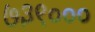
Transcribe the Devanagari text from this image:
७३९०००